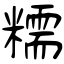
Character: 糯